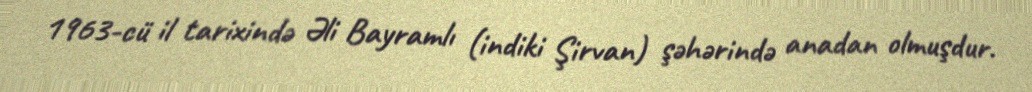
1963-cü il tarixində Əli Bayramlı (indiki Şirvan) şəhərində anadan olmuşdur.